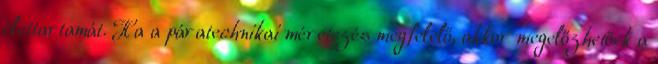
élettartamát. Ha a páratechnikai méretezés megfelelő, akkor megelőzhetőek a